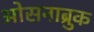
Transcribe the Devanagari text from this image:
ओसनाब्रुक